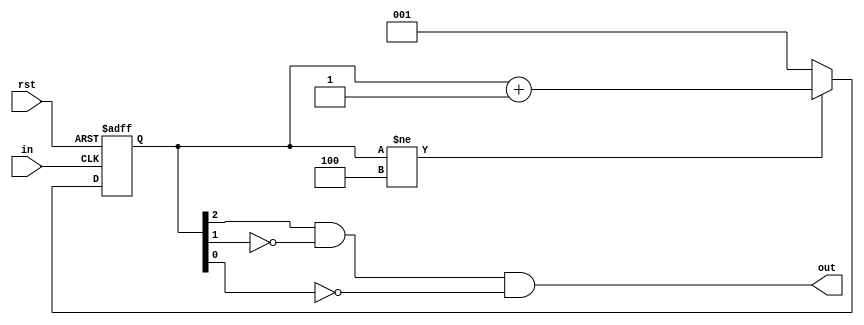
//rst active low

module pulse(in,out,rst);
input in;
//reg out;
output out;
input rst;
reg [2:0] st;

assign out = st[2] && !st[1] && !st[0];
/*
initial begin
out = 3'b0;
end
*/ 
always @ (posedge in or negedge rst )
begin
if(!rst) begin // rst = 0
	st = 3'b000;
end
else begin
	if(st != 3'b100) 
	begin
		st <= st + 1'b1;
	end
	else
	begin
		st <= 3'b001;
	end
end
end	
endmodule